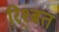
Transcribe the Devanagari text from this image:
रिश्बत